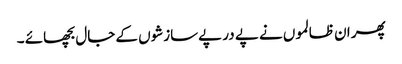
پھر ان ظالموں نے پے در پےسازشوں کے جال بچھائے ۔